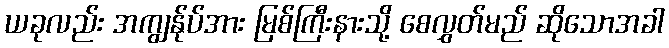
ယခုလည်း အကျွန်ုပ်အား မြစ်ကြီးနားသို့ စေလွှတ်မည် ဆိုသောအခါ